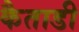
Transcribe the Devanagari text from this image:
कैताडी